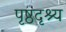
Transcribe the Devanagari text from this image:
पृष्ठदृश्य